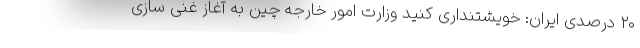
۲۰ درصدی ایران: خویشتنداری کنید وزارت امور خارجه چین به آغاز غنی سازی